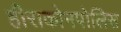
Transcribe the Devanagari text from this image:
हीराकोनपोलिस